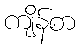
ကျိန်စာ